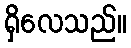
ရှိလေသည်။